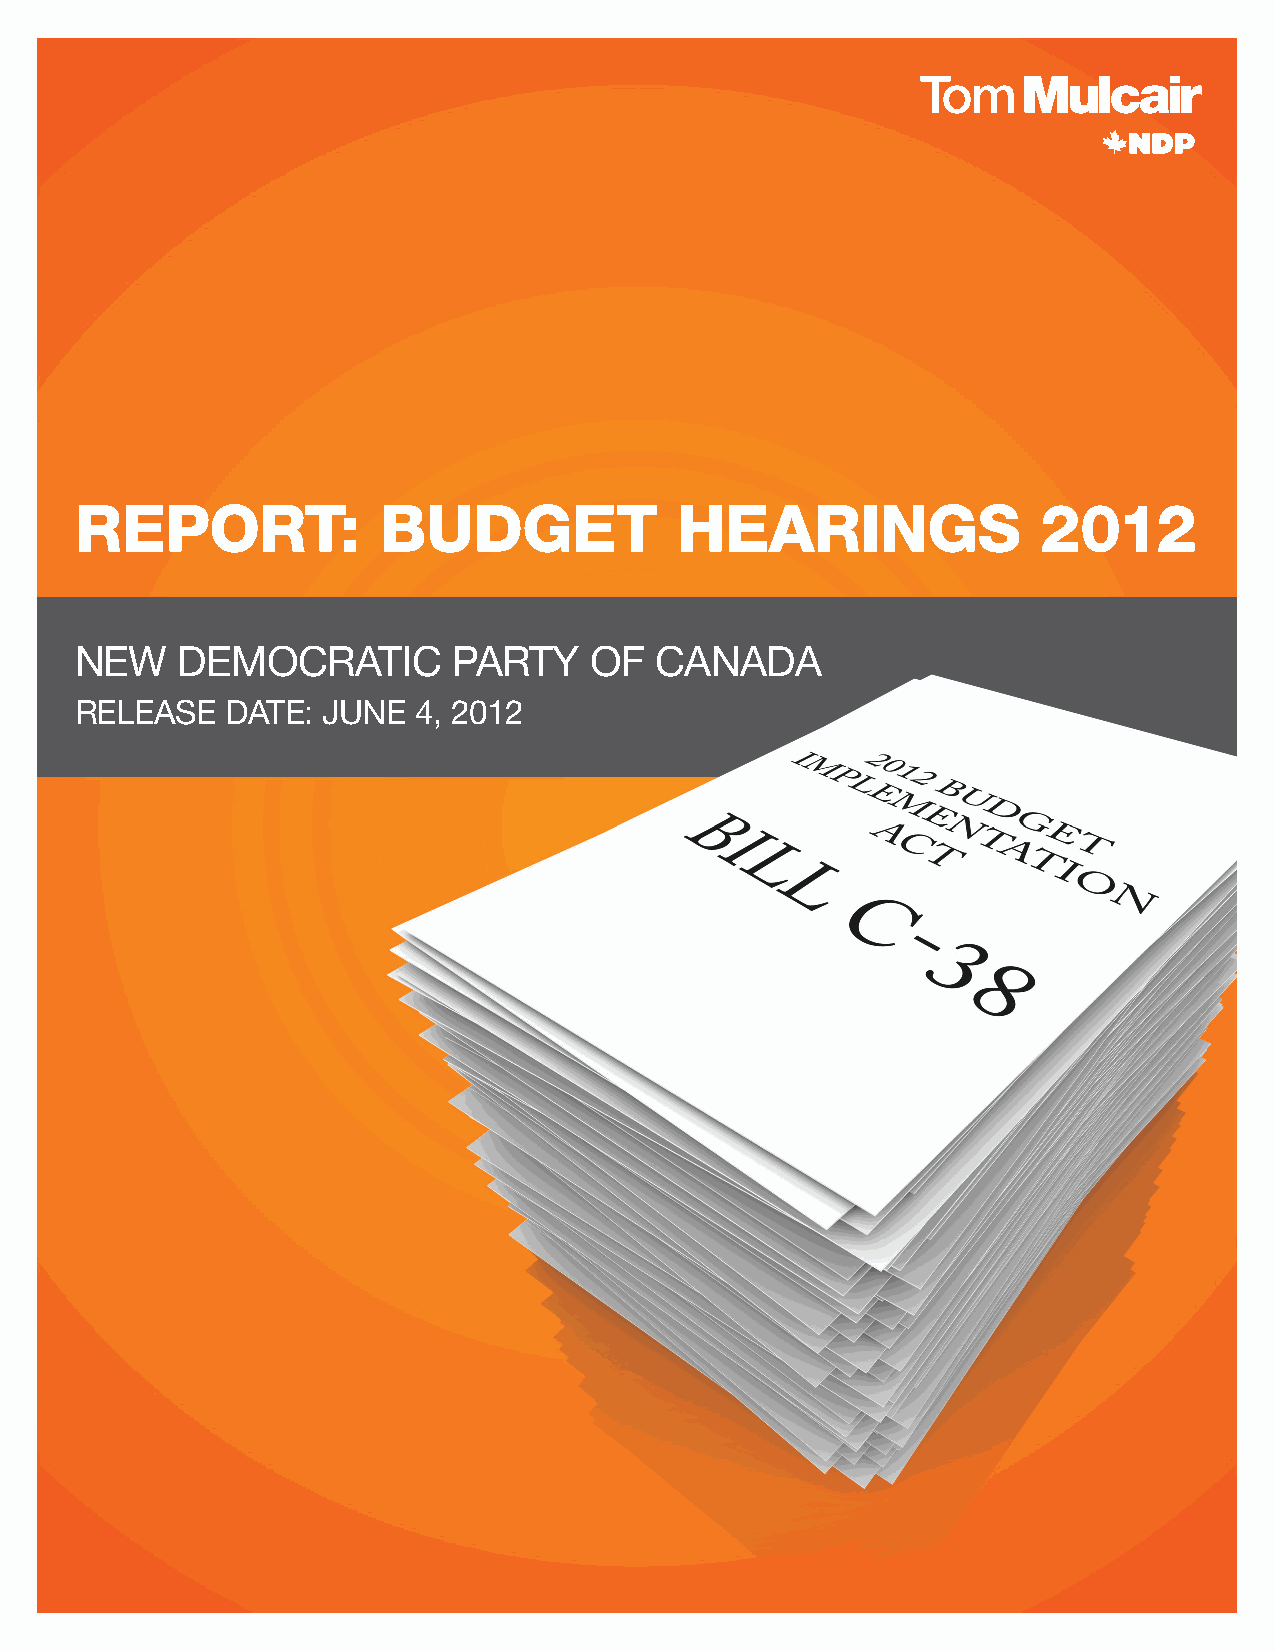
REPORT:             BUDGET              HEARINGS                2012
 NEW    DEMOCRATIC        PARTY    OF  CANADA
 RELEASE   DATE: JUNE   4, 2012